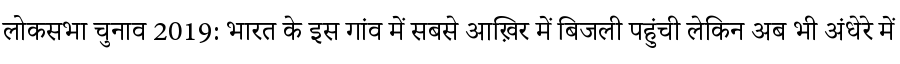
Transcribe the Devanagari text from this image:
लोकसभा चुनाव 2019: भारत के इस गांव में सबसे आख़िर में बिजली पहुंची लेकिन अब भी अंधेरे में